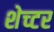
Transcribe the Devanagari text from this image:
शेच्टर